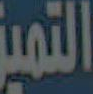
التميز